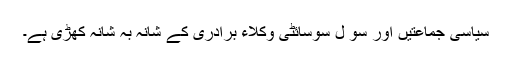
سیاسی جماعتیں اور سو ل سوسائٹی وکلاء برادری کے شانہ بہ شانہ کھڑی ہے۔